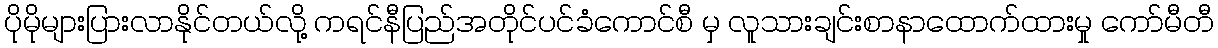
ပိုမိုများပြားလာနိုင်တယ်လို့ ကရင်နီပြည်အတိုင်ပင်ခံကောင်စီ မှ လူသားချင်းစာနာထောက်ထားမှု ကော်မီတီ